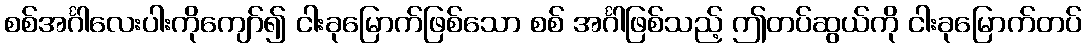
စစ်အင်္ဂါလေးပါးကိုကျော်၍ ငါးခုမြောက်ဖြစ်သော စစ် အင်္ဂါဖြစ်သည့် ဤတပ်ဆွယ်ကို ငါးခုမြောက်တပ်